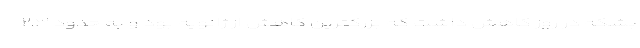
بشکه در روز کاهش داشت که بزرگترین کاهش از ژانویه بود و به حدود ۲.۳